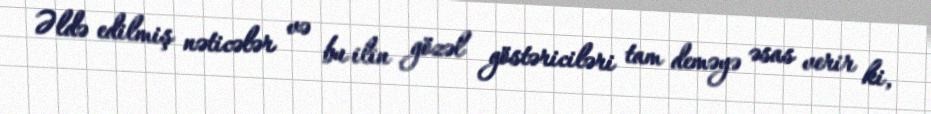
Əldə edilmiş nəticələr və bu ilin gözəl göstəriciləri tam deməyə əsas verir ki,